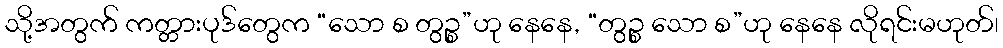
သို့အတွက် ကတ္တားပုဒ်တွေက “သော စ တွဉ္စ”ဟု နေနေ, “တွဉ္စ သော စ”ဟု နေနေ လိုရင်းမဟုတ်၊